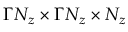
\Gamma N _ { z } \times \Gamma N _ { z } \times N _ { z }